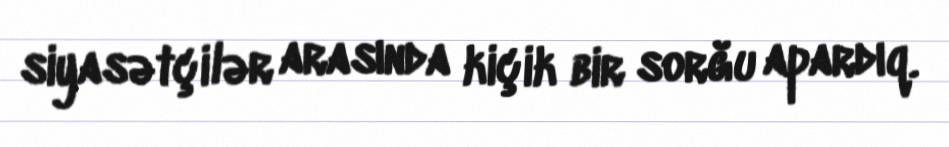
siyasətçilər arasında kiçik bir sorğu apardıq.